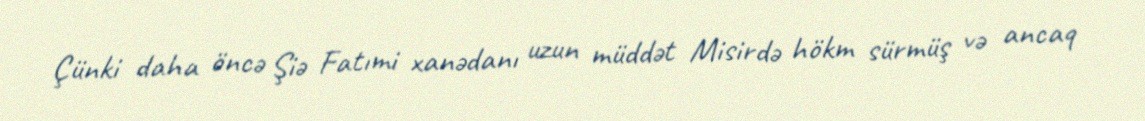
Çünki daha öncə Şiə Fatımi xanədanı uzun müddət Misirdə hökm sürmüş və ancaq